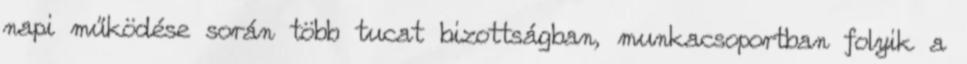
napi működése során több tucat bizottságban, munkacsoportban folyik a